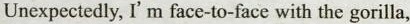
Unexpectedly, I'm face-to-face with the gorilla,